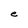
Character: e